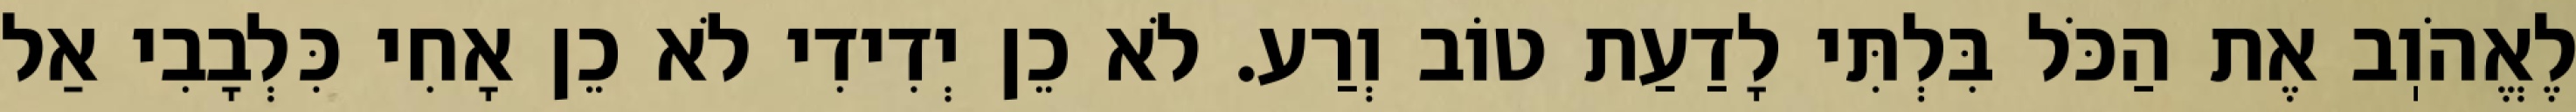
לֶאֱהֹוֽב אֶת הַכֹּל בִּלְתִּי לָדַעַת טוֹב וְרַע. לֹא כֵן יְדִידִי לֹא כֵן אָחִי כִּלְבָבִי אַל